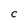
Character: C